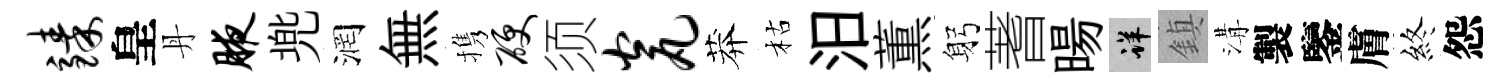
臻皇丹腋兠润無携硬须瓮莽枯汨薫躬蓍暘详鎮溝製鑒膚終怨